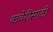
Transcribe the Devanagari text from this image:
कचेरींसाठी